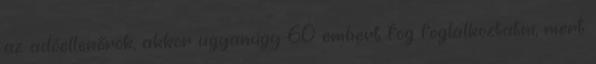
az adóellenőrök, akkor ugyanúgy 60 embert fog foglalkoztatni, mert